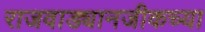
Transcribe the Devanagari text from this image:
राजवाड्यानजीकच्या